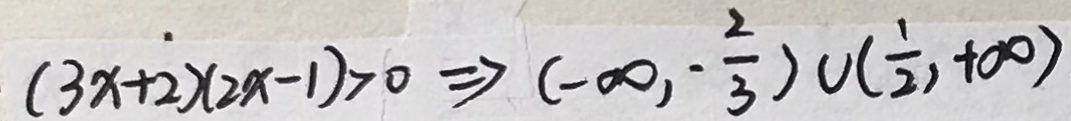
( 3 x + 2 ) ( 2 x - 1 ) > 0 \Rightarrow ( - \infty , - \frac { 2 } { 3 } ) \cup ( \frac { 1 } { 2 } , + \infty )